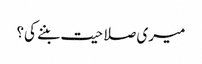
میری صلاحیت بننے کی؟